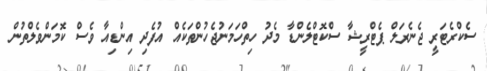
ސެކްރެޓަރީ ޖެނެރަލް ޕެޓްރީޝާ ސްކޮޓްލެންޑާ މެދު ހިތްހަމަނުޖެހުންތަކެއް އުފެދި އިންޑިއާ ވެސް ކޮމަންވެލްތުން